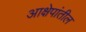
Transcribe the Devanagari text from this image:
आक्षेपांतील